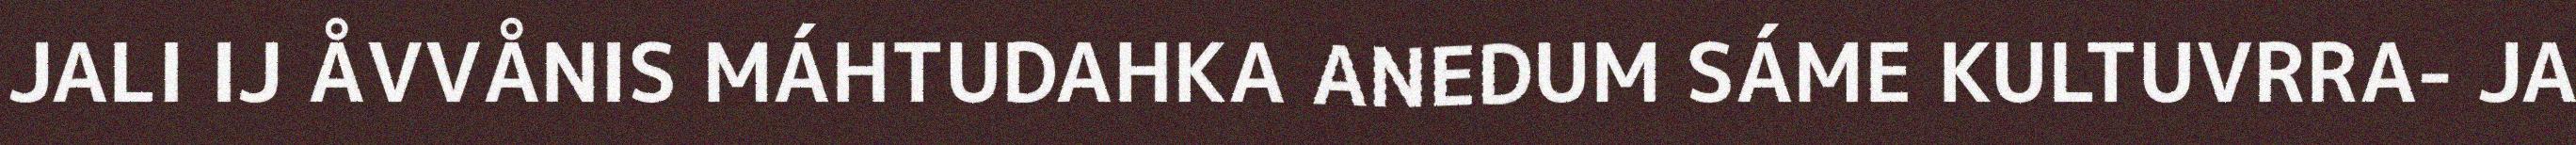
JALI IJ ÅVVÅNIS MÁHTUDAHKA ANEDUM SÁME KULTUVRRA- JA